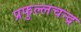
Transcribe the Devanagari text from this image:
प्रफुल्लचन्द्र